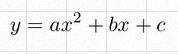
y=ax^2+bx+c